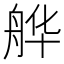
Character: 𱼺